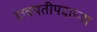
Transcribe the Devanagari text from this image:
छत्रपतीपदाच्या